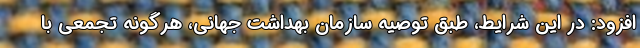
افزود: در این شرایط، طبق توصیه سازمان بهداشت جهانی، هرگونه تجمعی با